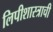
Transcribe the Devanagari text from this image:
लिपीशास्त्राची